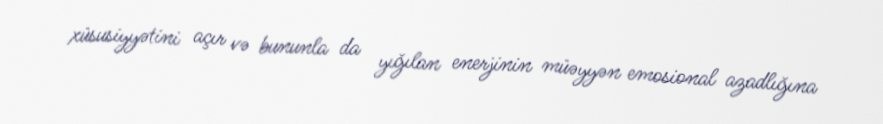
xüsusiyyətini açır və bununla da yığılan enerjinin müəyyən emosional azadlığına